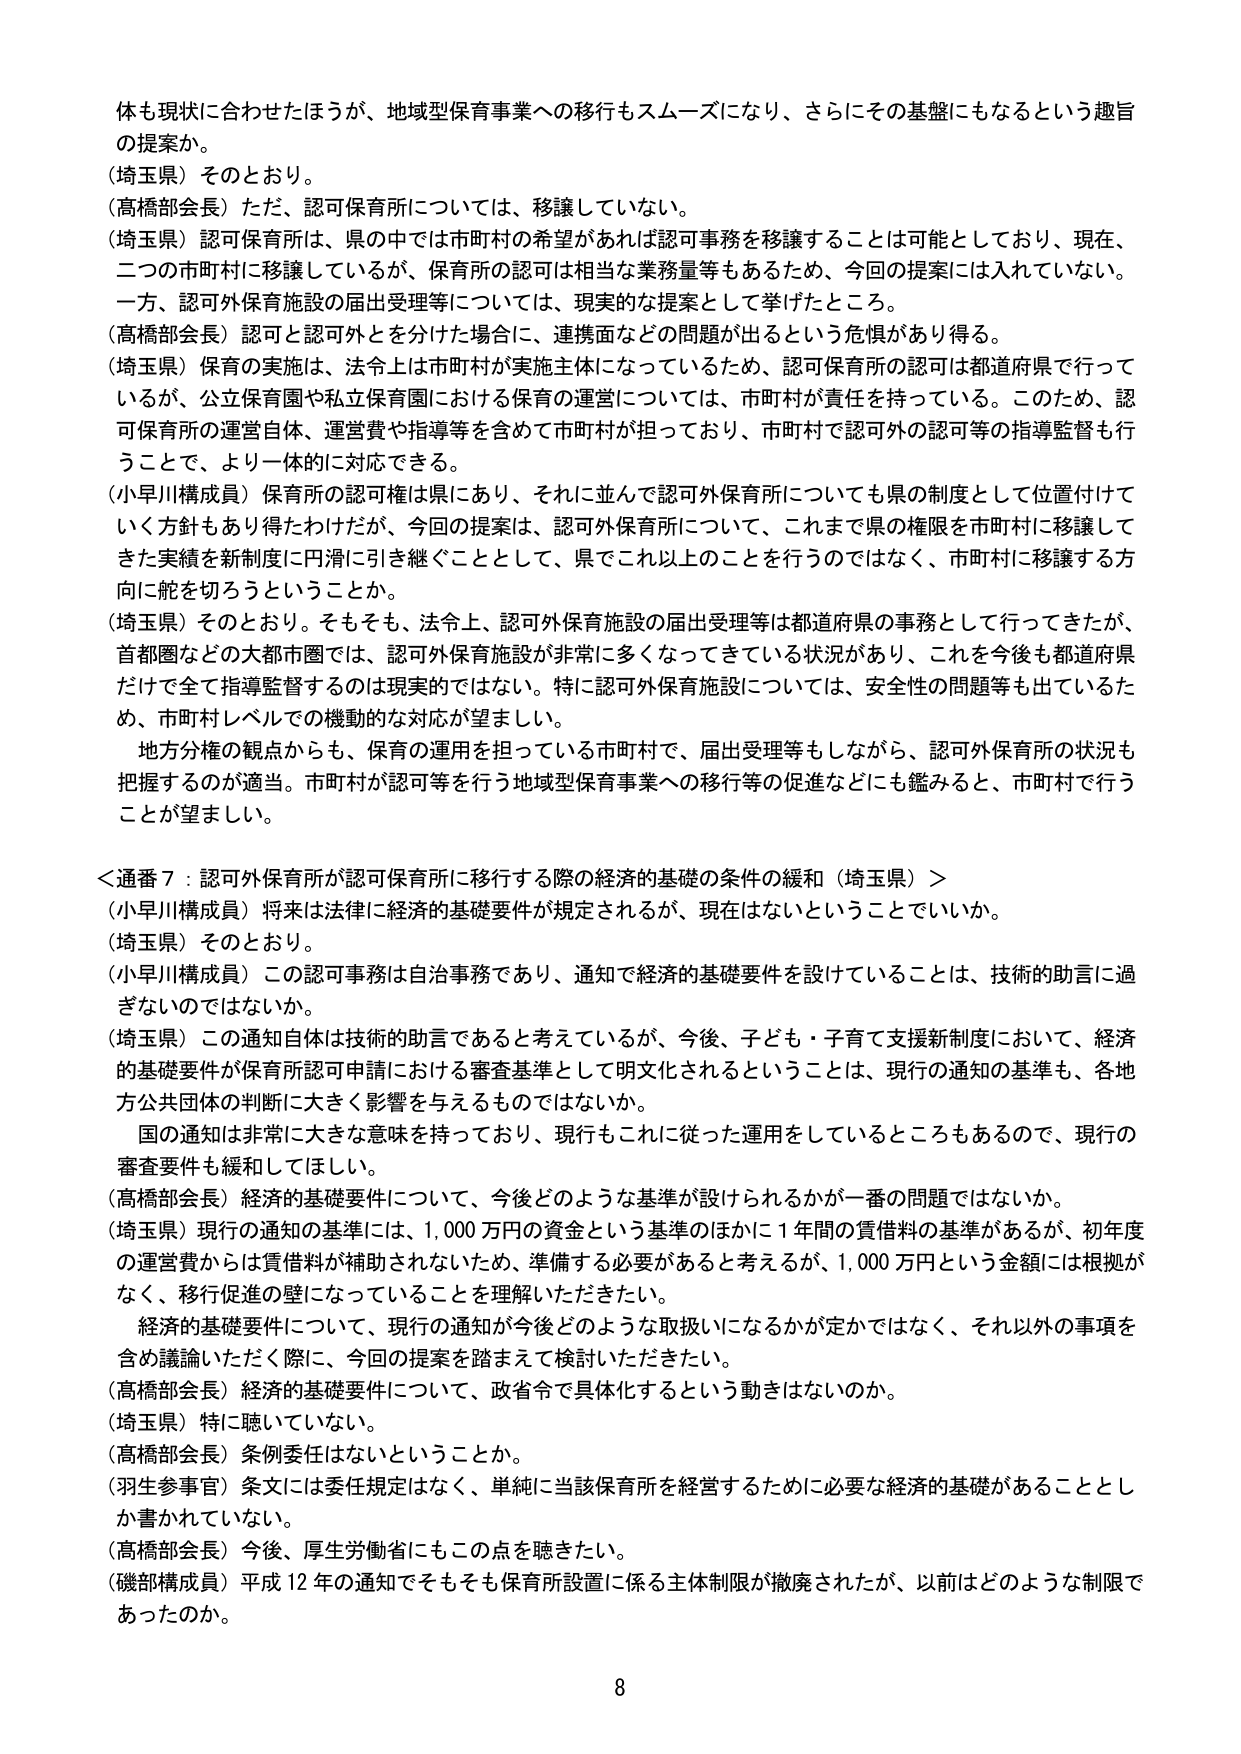
体も現状に合わせたほうが、地域型保育事業への移行もスムーズになり、さらにその基盤にもなるという趣旨の提案か。

（埼玉県）そのとおり。

（高橋部会長）ただ、認可保育所については、移譲していない。

（埼玉県）認可保育所は、県の中では市町村の希望があれば認可事務を移譲することは可能としており、現在、二つの市町村に移譲しているが、保育所の認可是相当な業務量等もあるため、今回の提案には入れていない。一方、認可外保育施設の届出受理等については、現実的な提案として挙げたところ。

（高橋部会長）認可と認可外とを分けた場合に、連携面などの問題が出るという危惧があり得る。

（埼玉県）保育の実施は、法令上は市町村が実施主体になっているため、認可保育所の認可是都道府県で行っているが、公立保育園や私立保育園における保育の運営については、市町村が責任を持っている。このため、認可保育所の運営自体、運営費や指導等を含めて市町村が担っており、市町村で認可外の認可等の指導監督も行うことで、より一体的に対応できる。

（小早川構成員）保育所の認可権は県にあり、それに並んで認可外保育所についても県の制度として位置付けていく方針もあり得たわけだが、今回の提案は、認可外保育所について、これまで県の権限を市町村に移譲してきた実績を新制度に円滑に引き継ぐこととして、県でこれ以上のことを行うのではなく、市町村に移譲する方向に舵を切ろうということか。

（埼玉県）そのとおり。そもそも、法令上、認可外保育施設の届出受理等は都道府県の事務として行ってきたが、首都圏などの大都市圏では、認可外保育施設が非常に多くなってきている状況があり、これを今後も都道府県だけで全て指導監督するのは現実ではない。特に認可外保育施設については、安全性の問題等も出ているため、市町村レベルでの機動的な対応が望ましい。

地方分権の観点からも、保育の運用を担っている市町村で、届出受理等もしながら、認可外保育所の状況も把握するのが適当。市町村が認可等を行う地域型保育事業への移行等の促進などにも鑑みると、市町村で行うことが望ましい。

＜通番７：認可外保育所が認可保育所に移行する際の経済的基礎の条件の緩和（埼玉県）＞

（小早川構成員）将来は法律に経済的基礎要件が規定されるが、現在はないということでいいか。

（埼玉県）そのとおり。

（小早川構成員）この認可事務は自治事務であり、通知で経済的基礎要件を設けていることは、技術的助言に過ぎないのではないか。

（埼玉県）この通知自体は技術的助言であると考えているが、今後、子ども・子育て支援新制度において、経済的基礎要件が保育所認可申請における審査基準として明文化されるということは、現行の通知の基準も、各地方公共団体の判断に大きく影響を与えるものではないか。

国の通知は非常に大きな意味を持っており、現行もこれに従った運用をしているところもあるので、現行の審査要件も緩和してほしい。

（高橋部会長）経済的基礎要件について、今後どのような基準が設けられるかが一番の問題ではないか。

（埼玉県）現行の通知の基準には、1,000万円の資金という基準のほかに1年間の賃借料の基準があるが、初年度の運営費からは賃借料が補助されないため、準備する必要があると考えるが、1,000万円という金額には根拠がなく、移行促進の壁になっていることを理解いただきたい。

経済的基礎要件について、現行の通知が今後どのような取扱いになるかが定かではなく、それ以外の事項を含め議論いただく際に、今回の提案を踏まえて検討いただきたい。

（高橋部会長）経済的基礎要件について、政省令で具体化するという動きはないのか。

（埼玉県）特に聴いていない。

（高橋部会長）条例委任はないということか。

（羽生参事官）条文には委任規定はなく、単純に当該保育所を経営するために必要な経済的基礎があることとしか書かれていない。

（高橋部会長）今後、厚生労働省にもこの点を聴きたい。

（磯部構成員）平成12年の通知でそもそも保育所設置に係る主体制限が撤廃されたが、以前はどのような制限であったのか。

8